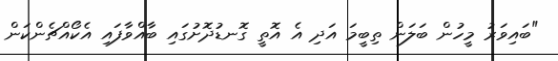
"ބައިވަރު މީހުން ބަލަން ތިބީމަ އަދި އެ އޮތީ ގޮނޑުދޮށުގައި ބާއްވާފައި އެކޯއްޗެންކަން